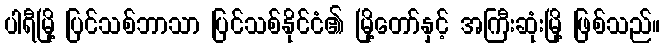
ပါရီမြို့ ပြင်သစ်ဘာသာ ပြင်သစ်နိုင်ငံ၏ မြို့တော်နှင့် အကြီးဆုံးမြို့ ဖြစ်သည်။